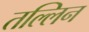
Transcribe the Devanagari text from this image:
तल्लिन